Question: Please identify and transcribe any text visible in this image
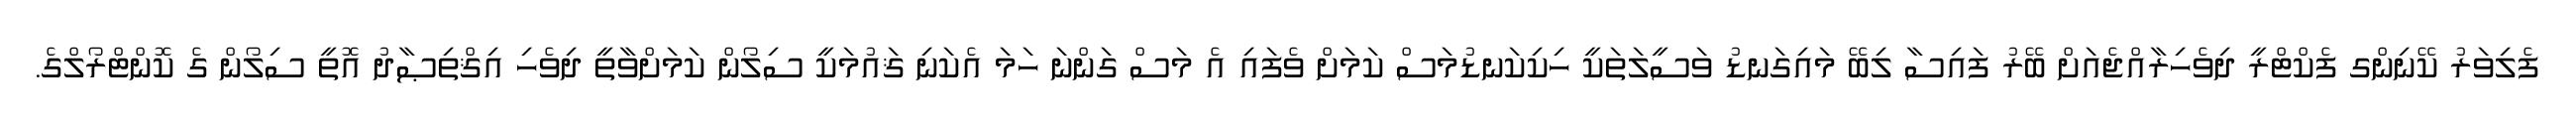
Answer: ފެލިވަރު ކޭނިންގ ފެކްޓްރީ ދިވެހިރާއްޖެއަށް ބޭރު ފައިސާ ލިބޭ މައިގަނޑު ވަސީލަތަކީ ހިކިކަނޑުމަސް ކަމަށް ވެފައި އެ މަސް ގަންނަ ހަމަ އެކަނި ޤައުމަކީ ސިލޯން ކަމަށްވާތީ ދިވެހި އިޤްތިޞާދު އޮތީ ސިލޯން ގެ ކޮންޓްރޯލްގެ.